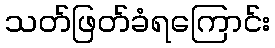
သတ်ဖြတ်ခံရကြောင်း